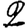
Digit: 2